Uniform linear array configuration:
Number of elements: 12
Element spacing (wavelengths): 0.5
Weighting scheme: exponential
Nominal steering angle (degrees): -30
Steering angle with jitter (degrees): -30.474
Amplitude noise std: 0.05
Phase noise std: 0.05

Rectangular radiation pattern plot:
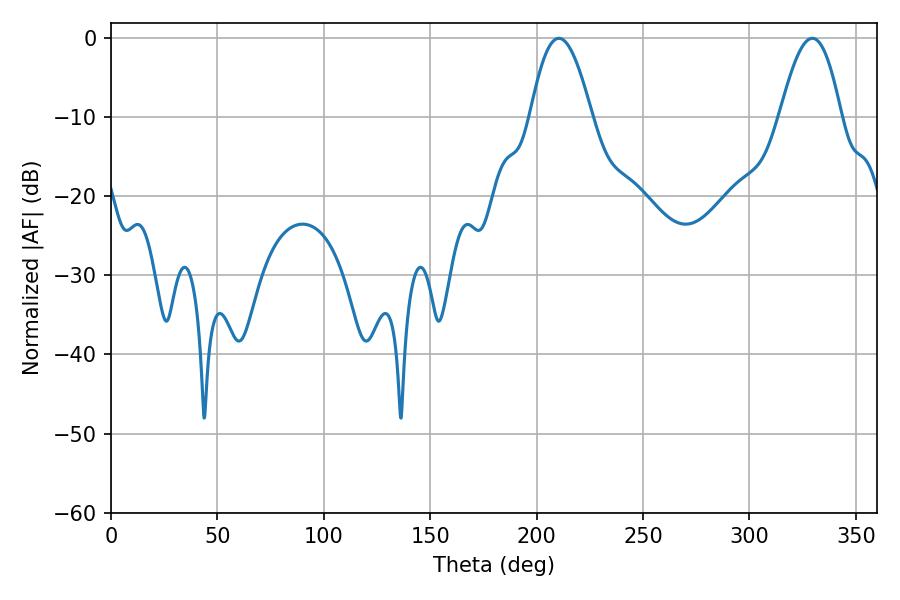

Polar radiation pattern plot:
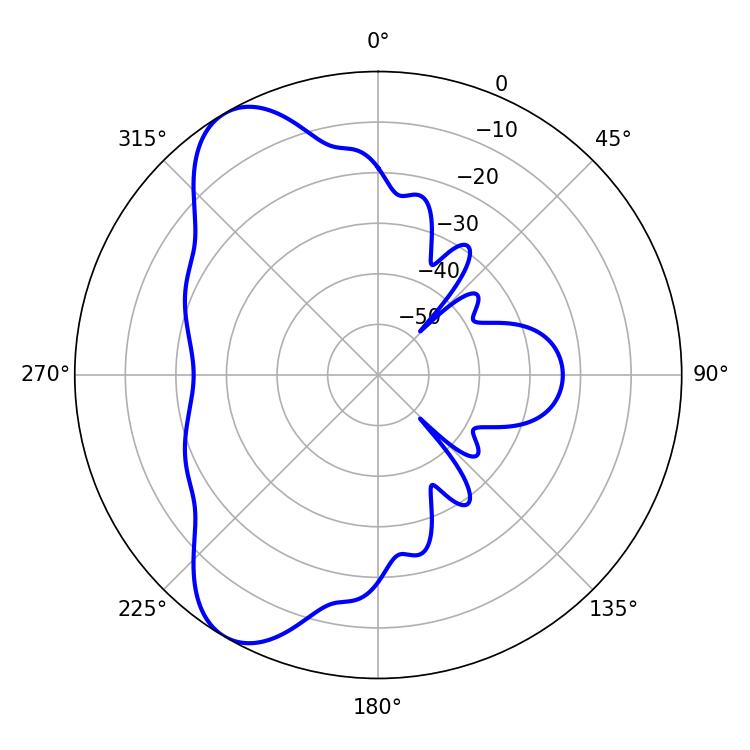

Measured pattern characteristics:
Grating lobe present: FALSE
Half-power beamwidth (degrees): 15.66
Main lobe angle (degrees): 210.42